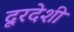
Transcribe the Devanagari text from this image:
दूरदेशी